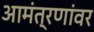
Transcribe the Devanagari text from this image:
आमंत्रणांवर